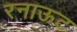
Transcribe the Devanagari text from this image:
रनाऊट